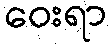
ဝေးရာ